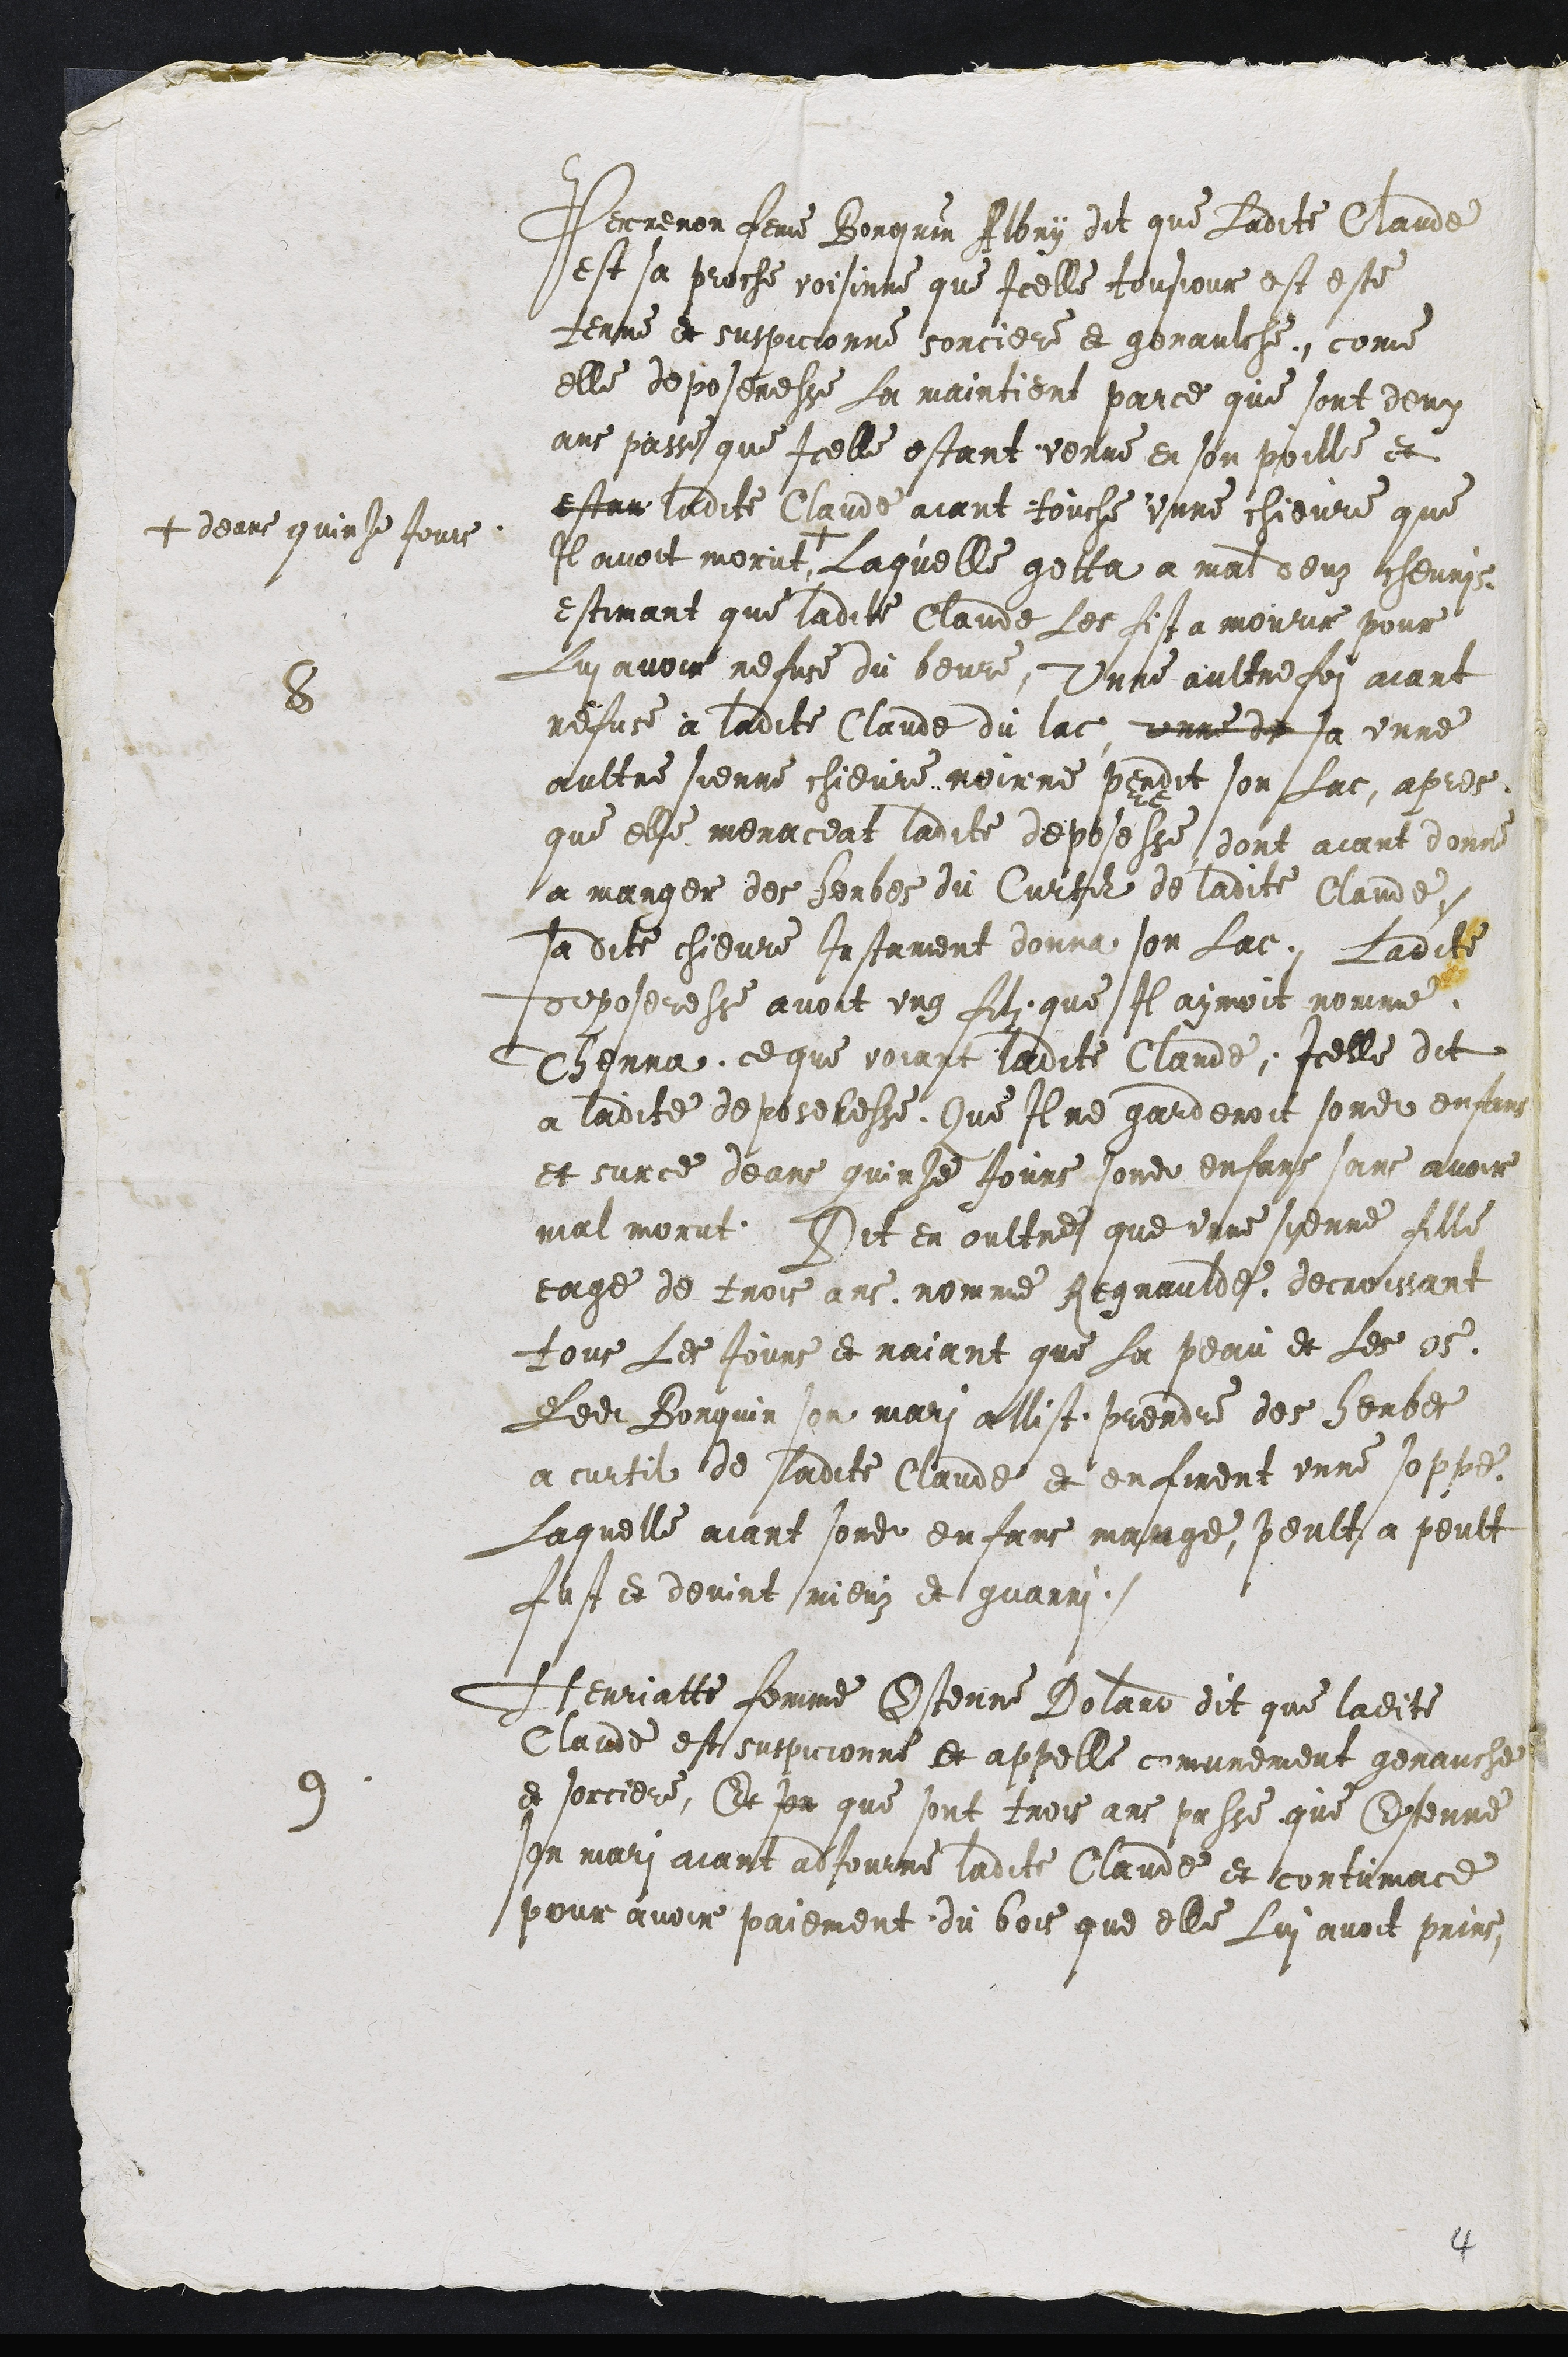
Ped mirreaat
est sa proche voisinne que Icelle tousjour est este
temme et suspicionne sorciere et genaulche, come
elle deposeresse La maintient parce que sont demy
ans passe que Icelle estant venue en son poille et
estan ladite Claude aiant touche unne chievre que
Il avoit morut
+ deans quinze Jours
Laquelle getta a mal deuz cheurye
estimant que ladite Claude Les fista mourir pour
Lui avoit refuse du beure, unne aultre foi aiant
refuse à ladite Claude du lac unne de sa unne
aultre sienne chievre noirne pendit son fac, apres
que elle menaceat ladite deposesse dont aiant donne
sa manger des herbes du Curtil de ladite Claude
sa dite chievre Instament donna son lac Ladite
ddeposeresse avoit ung fili que Il aymoit nomme
Thenna, ce que voiant ladite Claude, Icelle dit
a ladite deposelesse Que Il ne gardenoit sondit enfauns
et surce deans quinle Jours sondit enfans sans avoir
mal morut. Dit en oultre que unne sienne fille
eage de trois ans nomme Rignaulde decroissant
tous les Jours et naiant que sa peau et les o5.
ledit Bonquin son mari allist prendre des herbes
a curtil de ladite Claude et enfinent unne soppe
Laquelle aiant sondit enfans mainge, peult a peult
fust et devint sniens et guarri.
9. Henratte femme Pemre Bilard dit que ladite
Claude est suspicionne et appelle comunement genauche
e sorciere, Et jeu que sont trois ans passe que Ertenne
son mari aiant adjourne ladite Claude et contumace
pour avoir paiement du bois que elle Lui avoit prins

4